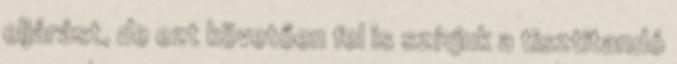
eljárást, de ezt követően fel is szívjuk a tisztitandó